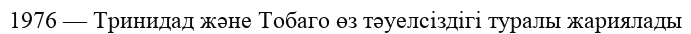
1976 — Тринидад және Тобаго өз тәуелсіздігі туралы жариялады